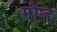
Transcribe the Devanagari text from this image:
गौज